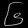
Digit: ၆